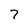
Character: 7